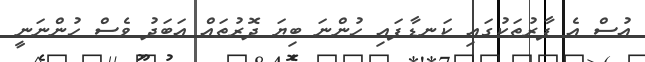
އުސް އެ ފާރުތަކުގައި ކަނޑާފައި ހުންނަ ބިޔަ ދޮރުތައް އަބަދު ވެސް ހުންނަނީ